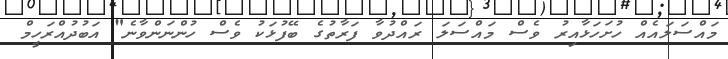
މައްސަލައެއް ހުށަހަޅާއިރު ވެސް މައްސަލަ ރައްދުވާ ފަރާތުގެ ބޭފުޅަކު ވެސް ހުންނަންވާނެ" އަބުދުއްރަހީމް